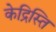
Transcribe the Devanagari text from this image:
केद्रिस्ति